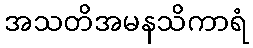
အသတိအမနသိကာရံ